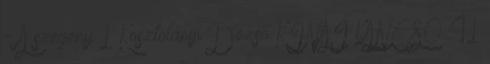
- A szegény 1 Kosztolányi Dezső KÍNAI KANCSÓ 41